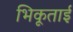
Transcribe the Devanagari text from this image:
भिकूताई